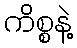
ကိစ္စနဲ့